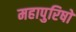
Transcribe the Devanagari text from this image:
महापुरिषों